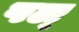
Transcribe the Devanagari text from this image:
पल्